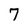
Character: 7